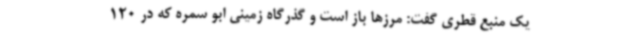
یک منبع قطری گفت: مرزها باز است و گذرگاه زمینی ابو سمره که در 120